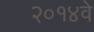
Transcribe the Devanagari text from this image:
२०१४वे